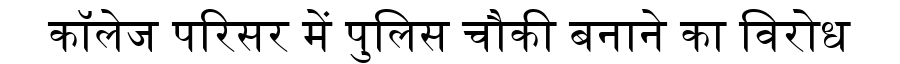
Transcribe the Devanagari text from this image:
कॉलेज परिसर में पुलिस चौकी बनाने का विरोध